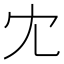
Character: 冘